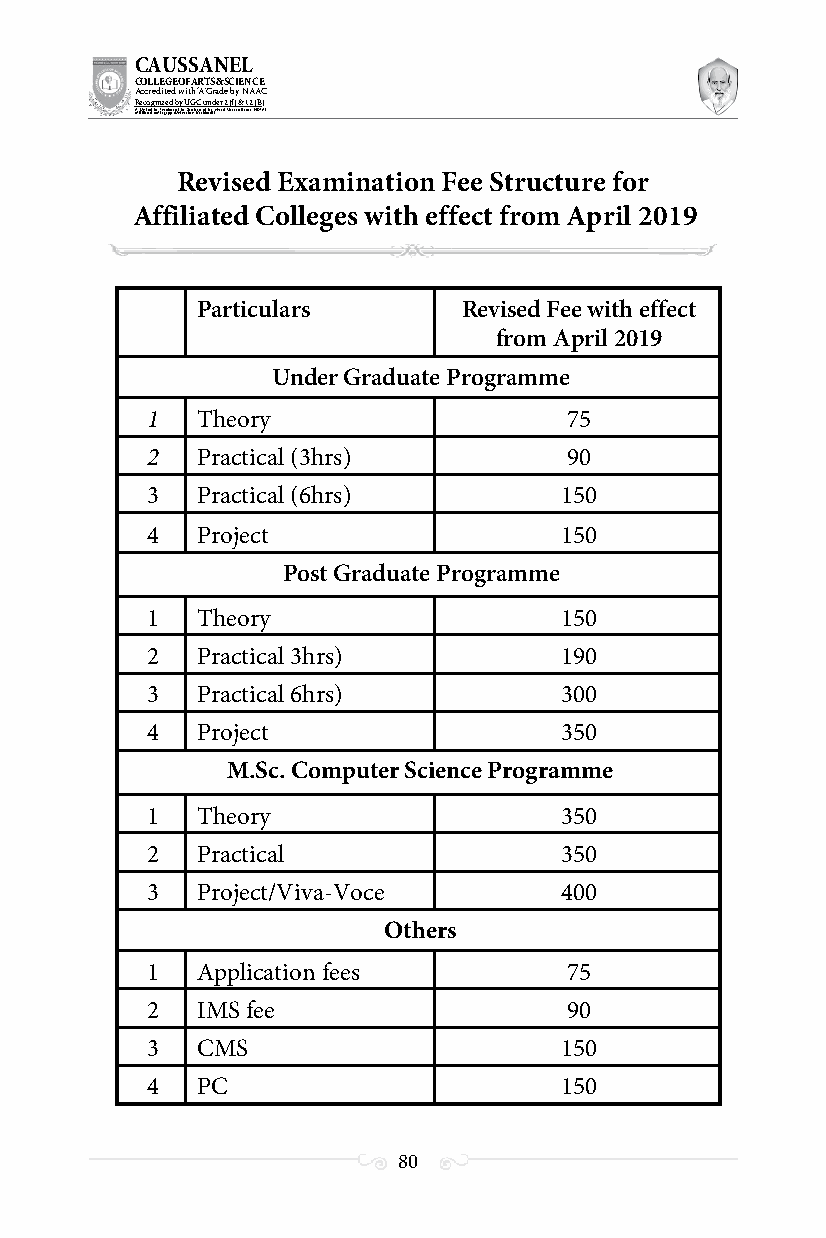
CAUSSANEL
 COLLEGE OF ARTS & SCIENCE
 Accredited with ‘A’ Grade by NAAC
 Recognized by UGC under 2 (f) & 12 (B)
 ((AA fUfilniaitt eodf ttoh eA Ilnasgtaitpuptae oUfn tihvee rBsirtoy,t hKerasr aoifk uthdei )S acred Heart of Jesus, INDIA)
 Revised Examination Fee Structure for
 Affiliated Colleges with effect from April 2019
 Particulars       Revised Fee with effect
 from April 2019
 Under Graduate Programme
 1  Theory                  75
 2  Practical (3hrs)        90
 3  Practical (6hrs)        150
 4  Project                 150
 Post Graduate Programme
 1  Theory                  150
 2  Practical 3hrs)         190
 3  Practical 6hrs)         300
 4  Project                 350
 M.Sc. Computer Science Programme
 1  Theory                  350
 2  Practical               350
 3  Project/Viva-Voce       400
 Others
 1  Application fees        75
 2  IMS fee                 90
 3  CMS                     150
 4  PC                      150
 80